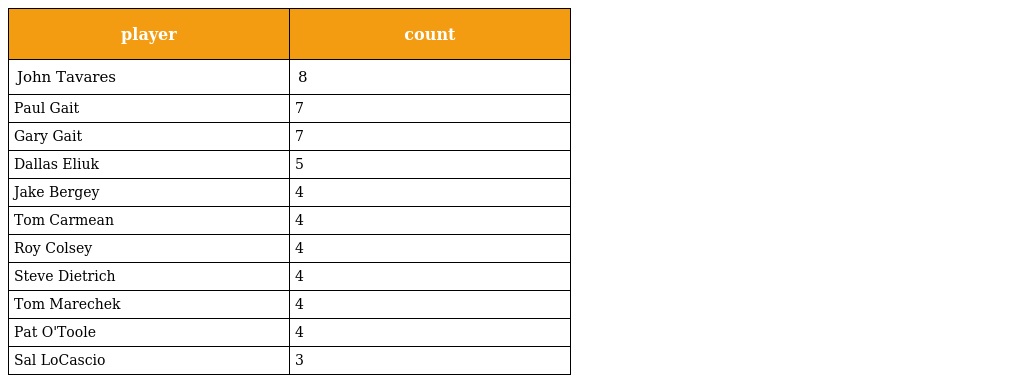
| player | count |
 | --- | --- |
 | John Tavares | 8 |
 | Paul Gait | 7 |
 | Gary Gait | 7 |
 | Dallas Eliuk | 5 |
 | Jake Bergey | 4 |
 | Tom Carmean | 4 |
 | Roy Colsey | 4 |
 | Steve Dietrich | 4 |
 | Tom Marechek | 4 |
 | Pat O'Toole | 4 |
 | Sal LoCascio | 3 |